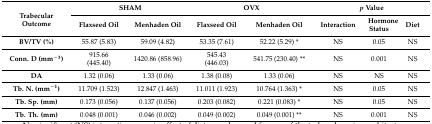
| <ROWSPAN=2> Trabecular Outcome | <COLSPAN=2> SHAM | <COLSPAN=2> OVX | <COLSPAN=3> p Value |
 | Flaxseed Oil | Menhaden Oil | Flaxseed Oil | Menhaden Oil | Interaction | Hormone Status | Diet |
 | --- | --- | --- | --- | --- | --- | --- | --- |
 | BV/TV (%) | 55.87 (5.83) | 59.09 (4.82) | 53.35 (7.61) | 52.22 (5.29) * | NS | 0.05 | NS |
 | Conn. D (mm−3) | 915.66 (445.40) | 1420.86 (858.96) | 545.43 (446.03) | 541.75 (230.40) ** | NS | 0.001 | NS |
 | DA | 1.32 (0.06) | 1.33 (0.06) | 1.38 (0.08) | 1.33 (0.06) | NS | NS | NS |
 | Tb. N. (mm−1) | 11.709 (1.523) | 12.847 (1.463) | 11.011 (1.923) | 10.764 (1.363) * | NS | 0.05 | NS |
 | Tb. Sp. (mm) | 0.173 (0.056) | 0.137 (0.056) | 0.203 (0.082) | 0.221 (0.083) * | NS | 0.05 | NS |
 | Tb. Th. (mm) | 0.048 (0.001) | 0.046 (0.002) | 0.049 (0.002) | 0.049 (0.001) ** | NS | 0.001 | NS |